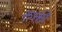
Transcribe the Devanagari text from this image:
रुक्ती